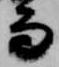
而